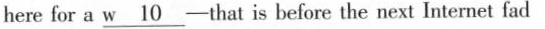
here for a w \underline10 that is before the next Internet fad